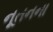
નૂતનના